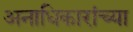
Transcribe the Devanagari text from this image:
अनाधिकारांच्या